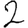
Digit: 2